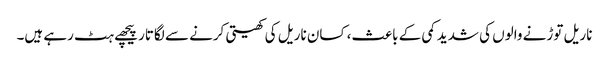
ناریل توڑنے والوں کی شدید کمی کے باعث، کسان ناریل کی کھیتی کرنے سے لگاتار پیچھے ہٹ رہے ہیں۔